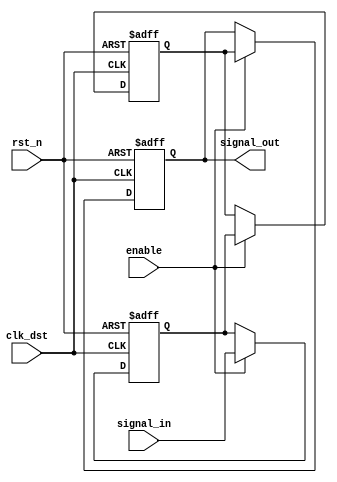
module SignalLevelCrossingSynchronizer (
    input wire clk_dst,         // Destination clock
    input wire rst_n,          // Active low asynchronous reset
    input wire enable,         // Enable signal to control synchronization
    input wire signal_in,      // Input signal from source clock domain
    output reg signal_out      // Synchronized output signal
);

    // Internal signals for the synchronizer stages
    reg ff1, ff2;

    // Two-stage synchronization process
    always @(posedge clk_dst or negedge rst_n) begin
        if (!rst_n) begin
            ff1 <= 1'b0;        // Reset first flip-flop
            ff2 <= 1'b0;        // Reset second flip-flop
            signal_out <= 1'b0; // Reset output signal
        end else if (enable) begin
            ff1 <= signal_in;   // Sample input signal in first stage
            ff2 <= ff1;         // Propagate to second stage
            signal_out <= ff2;  // Output the synchronized signal
        end
    end

endmodule